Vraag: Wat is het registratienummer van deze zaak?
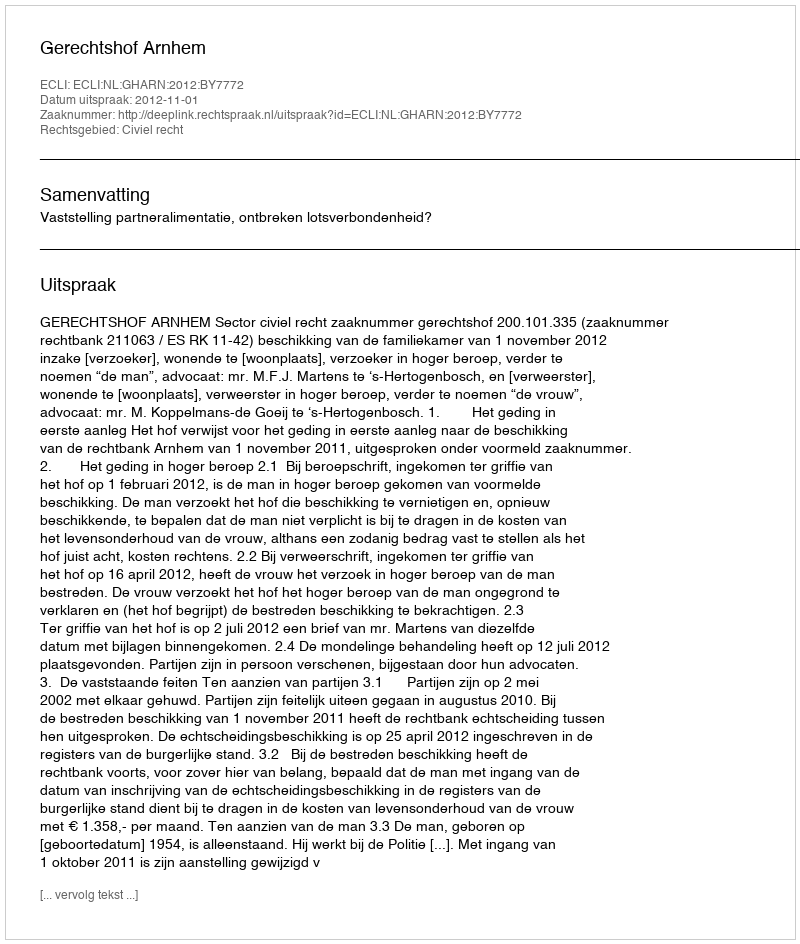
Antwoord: http://deeplink.rechtspraak.nl/uitspraak?id=ECLI:NL:GHARN:2012:BY7772